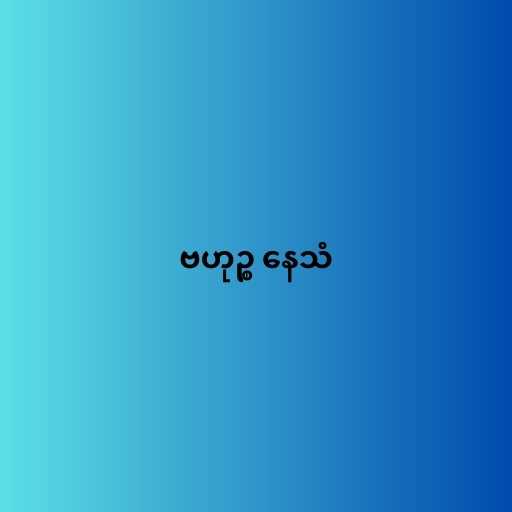
ဗဟုဉ္စ နေသံ